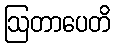
ဩတာပေတိ